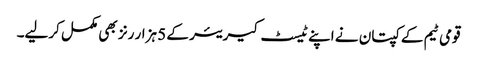
قومی ٹیم کے کپتان نے اپنے ٹیسٹ کیریئر کے 5 ہزار رنز بھی مکمل کرلیے۔